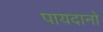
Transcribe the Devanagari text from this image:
पायदानो